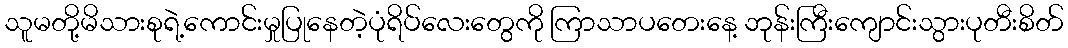
သူမတို့မိသားစုရဲ့ကောင်းမှုပြုနေတဲ့ပုံရိပ်လေးတွေကို ကြာသာပတေးနေ့ ဘုန်းကြီးကျောင်းသွားပုတီးစိတ်